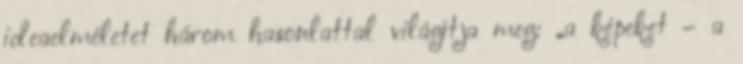
ideaelméletet három hasonlattal világítja meg: „a képeket – a